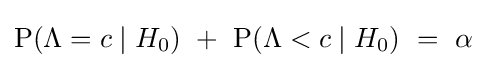
\operatorname {P} (\Lambda =c\mid H_{0})~+~\operatorname {P} (\Lambda <c\mid H_{0})~=~\alpha ~